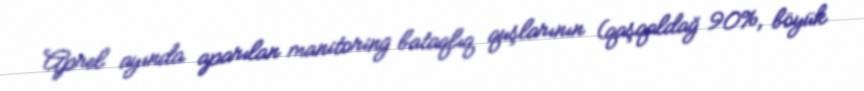
Aprel ayında aparılan manitoring bataqlıq quşlarının (qaşqaldağ 90%, böyük